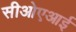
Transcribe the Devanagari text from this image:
सीओएआई